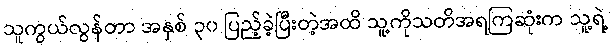
သူကွယ်လွန်တာ အနှစ် ၃၀ ပြည့်ခဲ့ပြီးတဲ့အထိ သူ့ကိုသတိအရကြဆုံးက သူ့ရဲ့